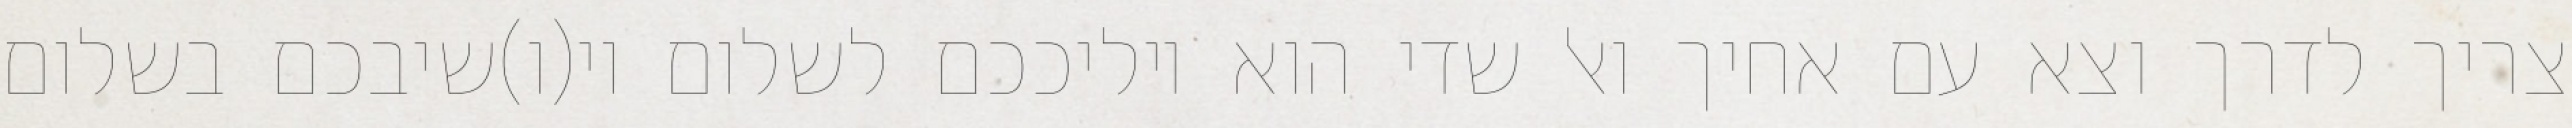
צריך לדרך וצא עם אחיך ואל שדי הוא יוליככם לשלום וי(ו)שיבכם בשלום